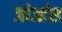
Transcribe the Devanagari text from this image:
जोआंस